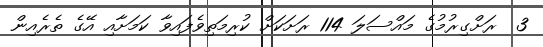
3  ރަށްގިރުމުގެ މައްސަލަ 114 ރަށަކަށް ކުރިމަތިވެފައިވާ ކަމަށާއި އޭގެ ތެރެއިން